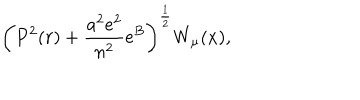
\left( P ^ { 2 } ( r ) + { \frac { a ^ { 2 } e ^ { 2 } } { n ^ { 2 } } } \mathrm { e } ^ { B } \right) ^ { \frac { 1 } { 2 } } W _ { \mu } ( x ) ,